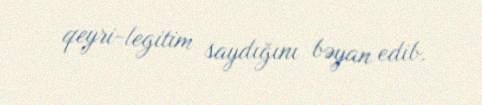
qeyri-legitim saydığını bəyan edib.